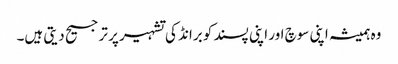
وہ ہمیشہ اپنی سوچ اور اپنی پسند کو برانڈ کی تشہیر پر ترجیح دیتی ہیں۔